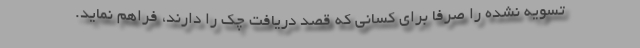
تسویه نشده را صرفا برای کسانی که قصد دریافت چک را دارند، فراهم نماید.